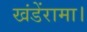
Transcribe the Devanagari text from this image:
खंडेंरामा।